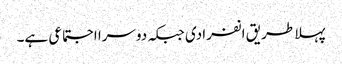
پہلا طریق انفرادی جبکہ دوسرا اجتماعی ہے۔